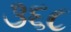
૩૬૮